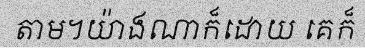
តាម។យ៉ាងណាក៏ដោយ គេក៏